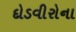
દોડવીરોના